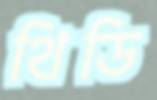
থিডি